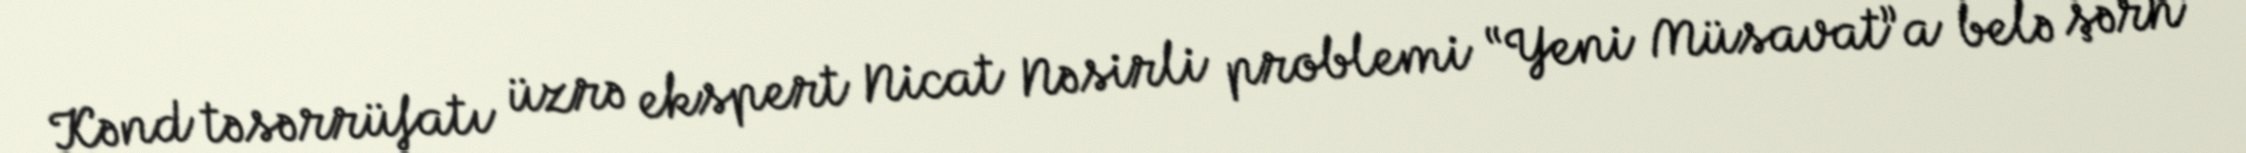
Kənd təsərrüfatı üzrə ekspert Nicat Nəsirli problemi “Yeni Müsavat”a belə şərh